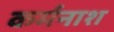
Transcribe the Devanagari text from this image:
कर्मनाश